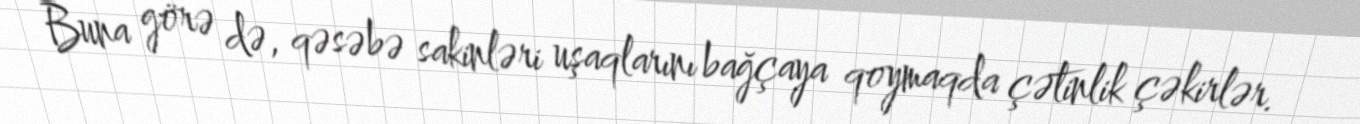
Buna görə də, qəsəbə sakinləri uşaqlarını bağçaya qoymaqda çətinlik çəkirlər.